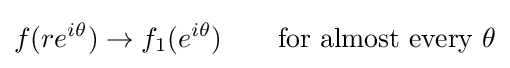
f(re^{i\theta })\to f_{1}(e^{i\theta })\qquad {\text{for almost every }}\theta